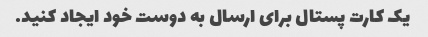
یک کارت پستال برای ارسال به دوست خود ایجاد کنید.